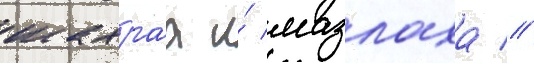
шахраа и́ мазлаха //